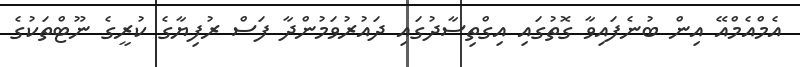
އެމްއެމްއޭ އިން ބުނެފައިވާ ގޮތުގައި އިގްތިސާދުގައި ދައުރުވަމުންދާ ފަސް ރުފިޔާގެ ކުރީގެ ނޫޓްތަކުގެ